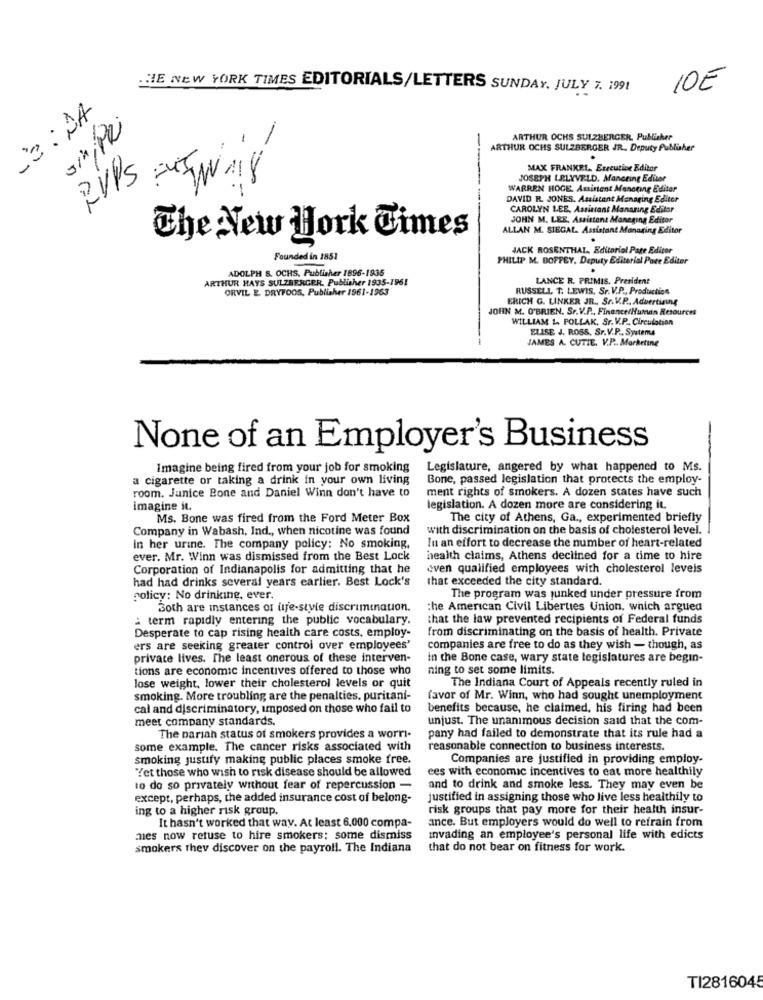
THE NEW YORK TIMES EDITORIALS/LETTERS SUNDAY, JULY 7. 1991
10E
13: JA
Jin,Pri
ARTHUR OCHS SULZBERGER, Publisher
-
ARTHUR OCHS SULZBERGER JR. Deputy Publisher
.
MAX FRANKEL. Executing Editor
RUPS
EN 18
JOSEPH LELYVELD. Manering Editor
WARREN HOGE Assistent Mancting Editor
DAVID R. JONES. Assistant Managing Editor
CAROLYN LEE, Assistant Manaring Editar
JOHN M. LER, Assistent Managing Editor
ALLAN M. SIEGAL. Assistant Managing Editor
The New York Times
.
JACK ROSENTHAL. Editorial Page Editor
Founded in 1851
PHILIP M. DOFFEY. Deputy Editorial Pate Editer
ADOLPH &. OCHS, Publisher 1896-1935
ARTHUR HAYS SULZBERGER. Publisher 1935-1961
LANCE R. PRIMIS. President
ORVIL E. DRYFOOS, Publisher 1961-1963
RUSSELL, T. LEWIS, Sr. V.P ., Production
ERICH G. LINKER JR ., Sr.V.P ., Advertising
JOHN M. O'BRIEN. Sr.V.P ., Finance/Human Resources
WILLIAM 1, POLLAK. Sr. V.P .. Circulation
ELISE J. ROSS, Sr.V.P ., Systems
JAMES A. CUTIE. V.P. Marketing
None of an Employer's Business
Imagine being fired from your job for smoking
Legislature, angered by what happened to Ms.
a cigarette or taking a drink in your own living
Bone, passed legislation that protects the employ-
room. Junice Bone and Daniel Winn don't have to
ment rights of smokers. A dozen states have such
imagine it.
legislation. A dozen more are considering it.
Ms. Bone was fired from the Ford Meter Box
The city of Athens, Ga ., experimented briefly
Company in Wabash, Ind ., when nicotine was found
with discrimination on the basis of cholesterol level.
In an effort to decrease the number of heart-related
in her urine. The company policy: No smoking,
ever. Mr. Winn was dismissed from the Best Lock
health claims, Athens declined for a time to hire
Corporation of Indianapolis for admitting that he
even qualified employees with cholesterol levels
had had drinks several years earlier. Best Lock's
that exceeded the city standard.
policy: No drinking, ever.
The program was junked under pressure from
Both are instances of uje-sivie discrimination.
the American Civil Liberties Union, which argued
: term rapidly entering the public vocabulary.
that the law prevented recipients of Federal funds
Desperate to cap rising health care costs, employ-
from discriminating on the basis of health. Private
ers are seeking greater control over employees'
companies are free to do as they wish - though, as
private lives. The least onerous of these interven-
in the Bone case, wary state legislatures are begin-
tions are economic incentives offered to those who
ning to set some limits.
The Indiana Court of Appeals recently ruled in
lose weight, lower their cholesterol levels or quit
smoking. More troubling are the penalties, puritani-
favor of Mr. Winn, who had sought unemployment
cal and discriminatory, imposed on those who fail to
benefits because, he claimed, his firing had been
meet company standards.
unjust. The unanimous decision said that the com-
The pariah status of smokers provides a worri-
pany had failed to demonstrate that its rule had a
some example. The cancer risks associated with
reasonable connection to business interests.
smoking justify making public places smoke free.
Companies are justified in providing employ-
Yet those who wish to risk disease should be allowed
ees with economic incentives to eat more healthily
to do so privately without fear of repercussion -
and to drink and smoke less. They may even be
except, perhaps, the added insurance cost of belong-
justified in assigning those who live less healthily to
ing to a higher risk group.
risk groups that pay more for their health insur-
It hasn't worked that way. At least 6,000 compa-
ance. But employers would do well to refrain from
mes now refuse to hire smokers; some dismiss
invading an employee's personal life with edicts
smokers thev discover on the payroll. The Indiana
that do not bear on fitness for work.
TI2816045